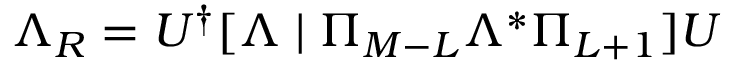
\Lambda _ { R } = U ^ { \dagger } [ \Lambda \mid \Pi _ { M - L } \Lambda ^ { * } \Pi _ { L + 1 } ] U